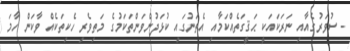
- ސުވަރުގެއާއި ނަރަކައަކީ ޙަޤީގަތެއްކަމާއި އެތަނުގައި ކުޅަދުންވަންތަކަމުގެ މަތިވެރި ހެކިތަކެއް ވާކަން ހާމަ